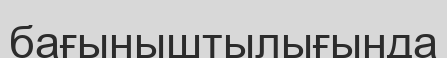
бағыныштылығында